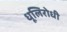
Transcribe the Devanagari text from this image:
धूलिरोधी